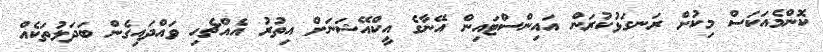
ކޮންމެއަކަސް މިކުށް ރަނގަޅުކުރަން އައިންސްޓައިން އޭނާގެ އީކްއޭޝަނަށް އިތުރު އެއްޗެހި ވައްދައިގެން ބަދަލުތަކެއް